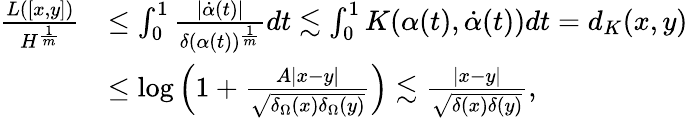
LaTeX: \begin{array}{rl}{\frac{L([x,y])}{H^{\frac{1}{m}}}}&{\leq\int_{0}^{1}\frac{|\dot{\alpha}(t)|}{\delta(\alpha(t))^{\frac{1}{m}}}dt\lesssim\int_{0}^{1}K(\alpha(t),\dot{\alpha}(t))dt=d_{K}(x,y)}\\ &{\leq\log\left(1+\frac{A|x-y|}{\sqrt{\delta_{\Omega}(x)\delta_{\Omega}(y)}}\right)\lesssim\frac{|x-y|}{\sqrt{\delta(x)\delta(y)}},}\end{array}